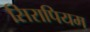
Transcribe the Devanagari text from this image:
सिरापियम